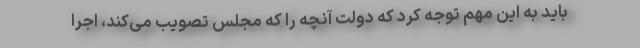
باید به این مهم توجه کرد که دولت آنچه را که مجلس تصویب می‌کند، اجرا